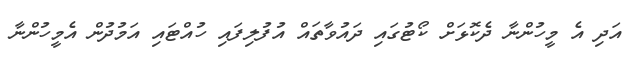
އަދި އެ މީހުންނާ ދެކޮޅަށް ކޯޓުގައި ދައުވާތައް އުފުލިފައި ހުއްޓައި އަމުދުން އެމީހުންނާ